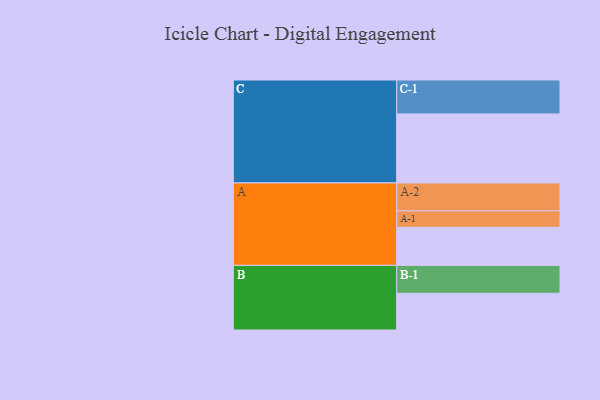
{"axis": {"x": "Segment", "y": "Value"}, "legend": ["", "A", "B", "C"], "data": [{"x": "A", "y": 329, "type": ""}, {"x": "B", "y": 317, "type": ""}, {"x": "C", "y": 596, "type": ""}, {"x": "A-1", "y": 142, "type": "A"}, {"x": "A-2", "y": 241, "type": "A"}, {"x": "B-1", "y": 241, "type": "B"}, {"x": "C-1", "y": 293, "type": "C"}]}